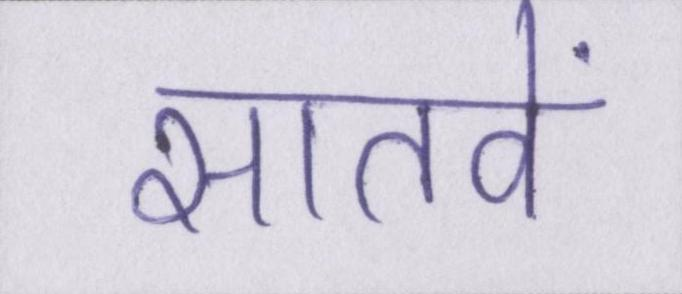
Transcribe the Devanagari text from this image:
सातवें